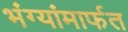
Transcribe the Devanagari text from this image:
भंग्यांमार्फत